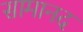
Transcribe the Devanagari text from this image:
सामानद